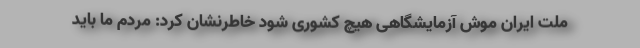
ملت ایران موش آزمایشگاهی هیچ کشوری شود خاطرنشان کرد: مردم ما باید